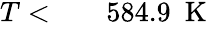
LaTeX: \begin{array}{rlr}{T<}&{{}}&{584.9~\mathrm{~K~}}\end{array}